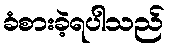
ခံစားခဲ့ရပါသည်